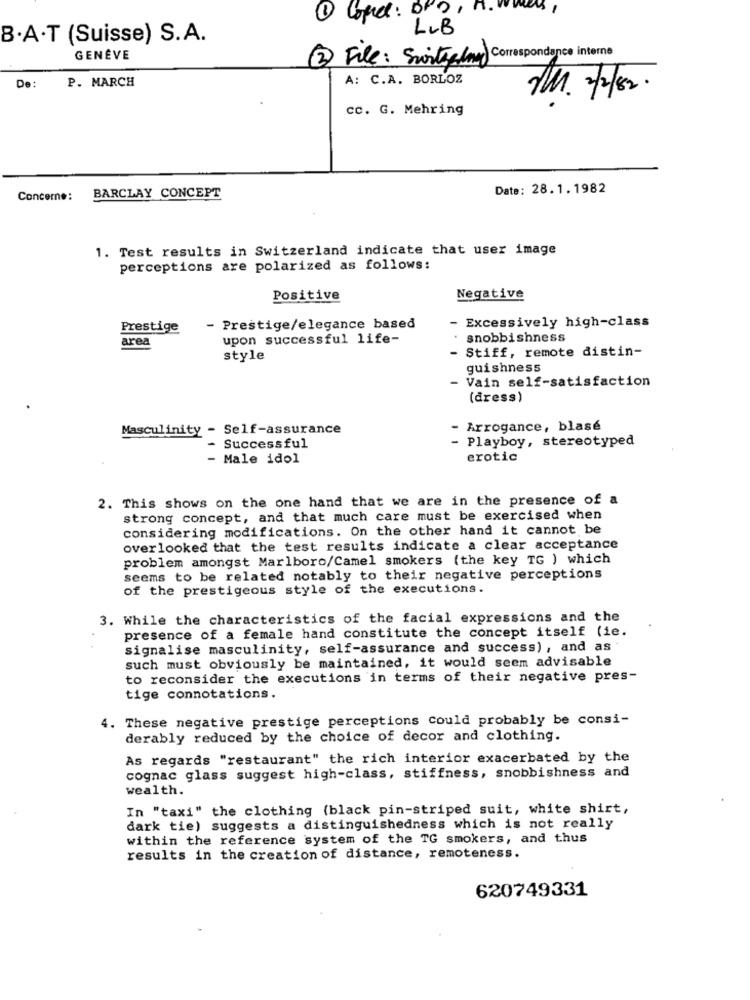
LUB
B.A.T (Suisse) S.A.
GENÊVE
2 File: Swithalmere) Correspondance interne
P. MARCH
A: C.A. BORLOZ
De:
PM. 1/2/82.
cc. G. Mehring
Date: 28.1.1982
Concerne:
BARCLAY CONCEPT
1. Test results in Switzerland indicate that user image
perceptions are polarized as follows:
Positive
Negative
Prestige
- Prestige/elegance based
Excessively high-class
area
upon successful life-
snobbishness
- Stiff, remote distin-
style
guishness
- Vain self-satisfaction
(dress)
Masculinity - Self-assurance
- Arrogance, blasé
- Playboy, stereotyped
Successful
- Male idol
erotic
2. This shows on the one hand that we are in the presence of a
strong concept, and that much care must be exercised when
considering modifications. On the other hand it cannot be
overlooked that the test results indicate a clear acceptance
problem amongst Marlboro/Camel smokers (the key TG ) which
seems to be related notably to their negative perceptions
of the prestigeous style of the executions.
3. While the characteristics of the facial expressions and the
presence of a female hand constitute the concept itself (ie.
signalise masculinity, self-assurance and success), and as
such must obviously be maintained, it would seem advisable
to reconsider the executions in terms of their negative pres-
tige connotations.
4. These negative prestige perceptions could probably be consi-
derably reduced by the choice of decor and clothing.
As regards "restaurant" the rich interior exacerbated by the
cognac glass suggest high-class, stiffness, snobbishness and
wealth.
In "taxi" the clothing (black pin-striped suit, white shirt,
dark tie) suggests a distinguishedness which is not really
within the reference system of the TG smokers, and thus
results in the creation of distance, remoteness.
620749331